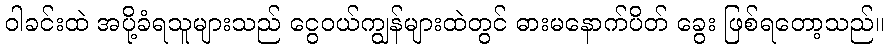
ဝါခင်းထဲ အပို့ခံရသူများသည် ငွေဝယ်ကျွန်များထဲတွင် ဓားမနောက်ပိတ် ခွေး ဖြစ်ရတော့သည်။